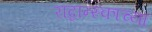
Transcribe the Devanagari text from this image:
राद्वान्स्काच्या